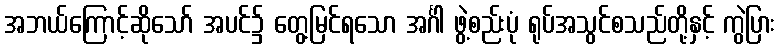
အဘယ်ကြောင့်ဆိုသော် အပင်၌ တွေ့မြင်ရသော အင်္ဂါ ဖွဲ့စည်းပုံ ရုပ်အသွင်စသည်တို့နှင့် ကွဲပြား